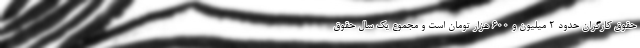
حقوق کارگران حدود 2 میلیون و 600 هزار تومان است و مجموع یک سال حقوق